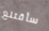
سأقتلع